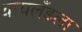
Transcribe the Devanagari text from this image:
थायलँडला